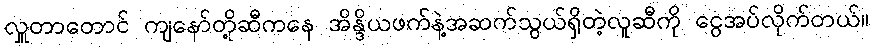
လှူတာတောင် ကျနော်တို့ဆီကနေ အိန္ဒိယဖက်နဲ့အဆက်သွယ်ရှိတဲ့လူဆီကို ငွေအပ်လိုက်တယ်။